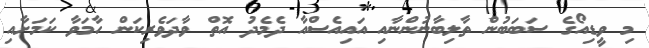
މި ވީޑިއޯގެ ސަބަބުން ތާލިބާނުންނާއި އައިއެސްއާ ދެމެދު އޮތް ވާދަވެރިކަން ހާމަވާ ކަމަށާއި